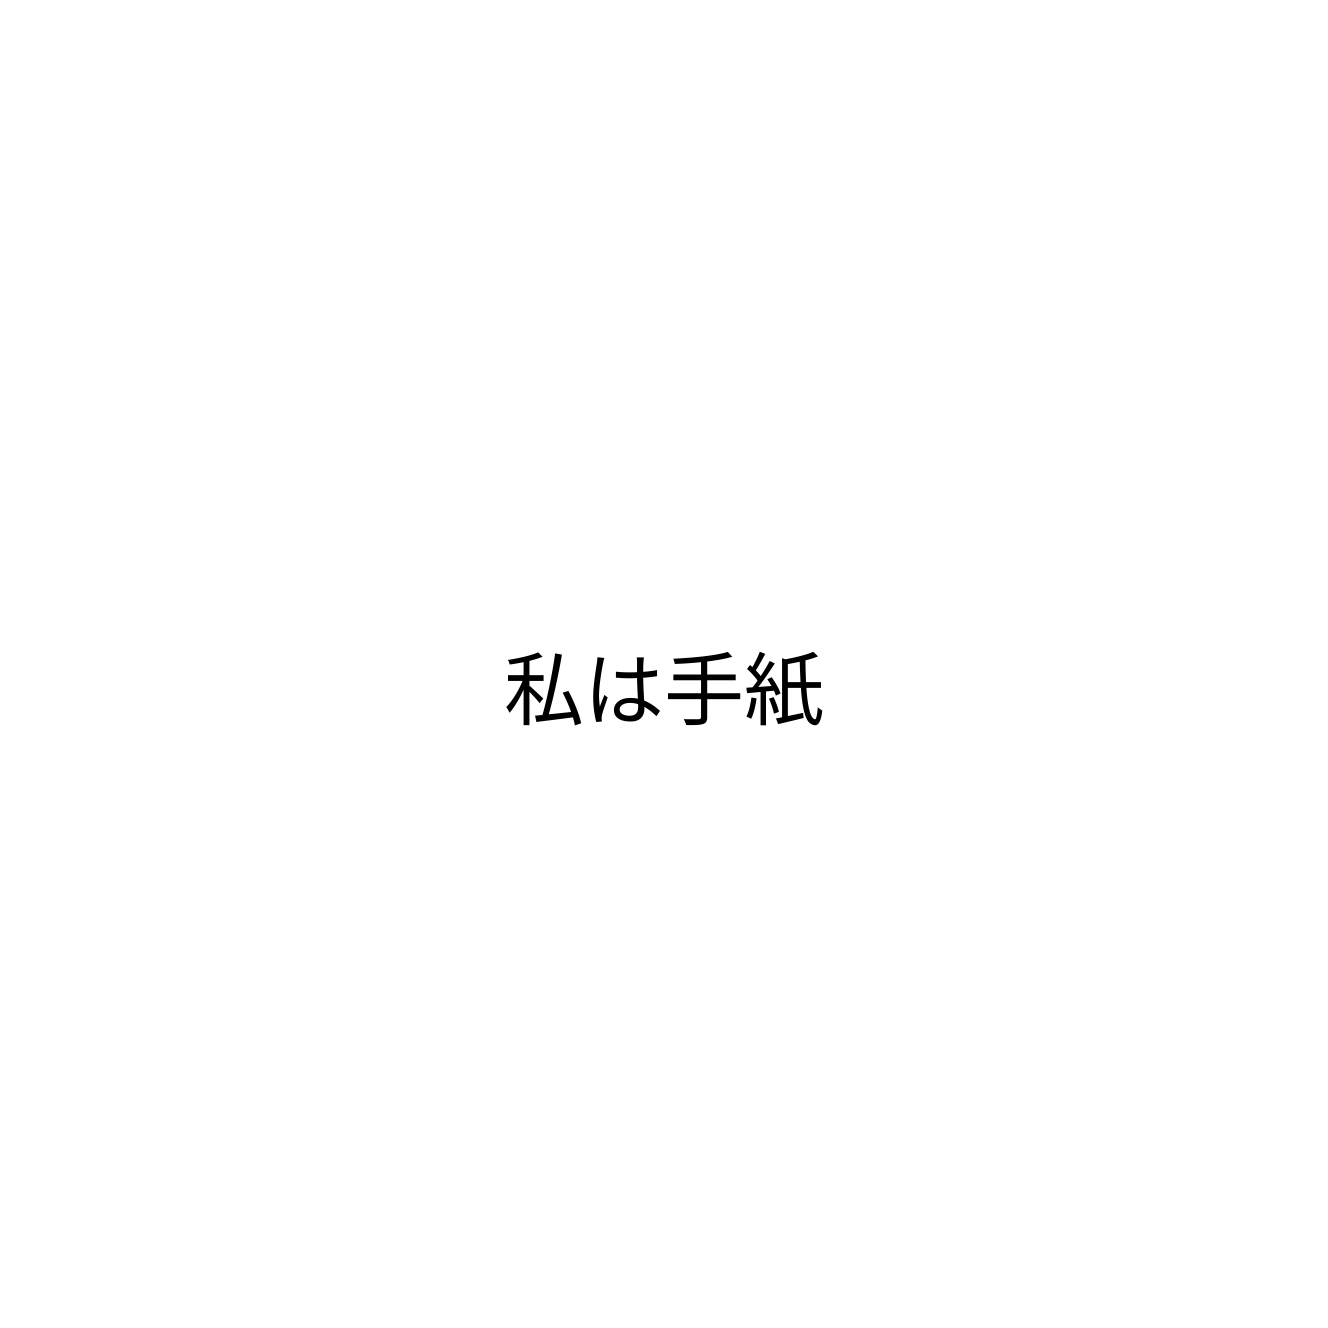
私は手紙